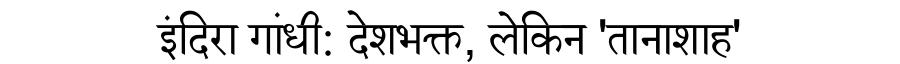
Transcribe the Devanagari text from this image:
इंदिरा गांधी: देशभक्त, लेकिन 'तानाशाह'